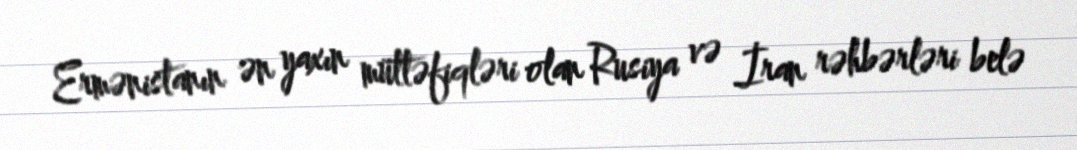
Ermənistanın ən yaxın müttəfiqləri olan Rusiya və İran rəhbərləri belə